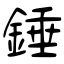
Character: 錘